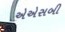
એએસબી